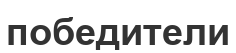
победители